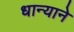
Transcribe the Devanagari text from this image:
धान्याने